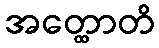
အတ္ထောတိ